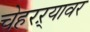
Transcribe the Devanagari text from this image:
चेहरऱ्यावर